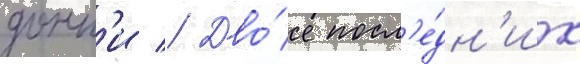
донн'и // Дво́е посл'е́дн'их